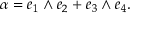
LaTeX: \alpha = e _ { 1 } \wedge e _ { 2 } + e _ { 3 } \wedge e _ { 4 } .